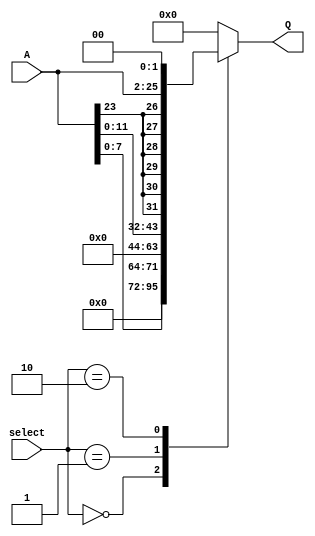
module Extender(
input [23:0] A,
input [1:0] select,
output reg [31:0] Q

);

always @(*)
begin
	case(select)
	0: Q = {24'b0,A[7:0]};
	1: Q = {20'b0,A[11:0]};
	2: Q = {{6{A[23]}}, A, 2'b0};
	default: Q = 0;
	endcase
end

endmodule